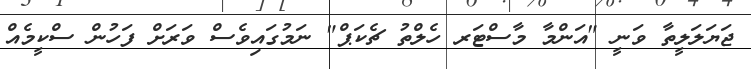
ޖަޔަލަލީތާ ވަނީ "އަންމާ މާސްޓަރ ހެލްތު ޗެކަޕް" ނަމުގައިވެސް ވަރަށް ފަހުން ސްކީމެއް